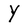
Character: Y